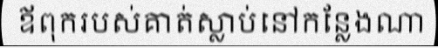
ឪពុករបស់គាត់ស្លាប់នៅកន្លែងណា